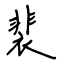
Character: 裴